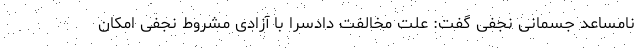
نامساعد جسمانی نجفی گفت: علت مخالفت دادسرا با آزادی مشروط نجفی امکان